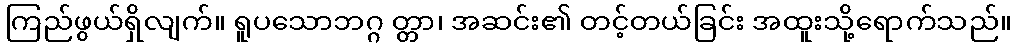
ကြည်ဖွယ်ရှိလျက်။ ရူပသောဘဂ္ဂ တ္တာ၊ အဆင်း၏ တင့်တယ်ခြင်း အထူးသို့ရောက်သည်။